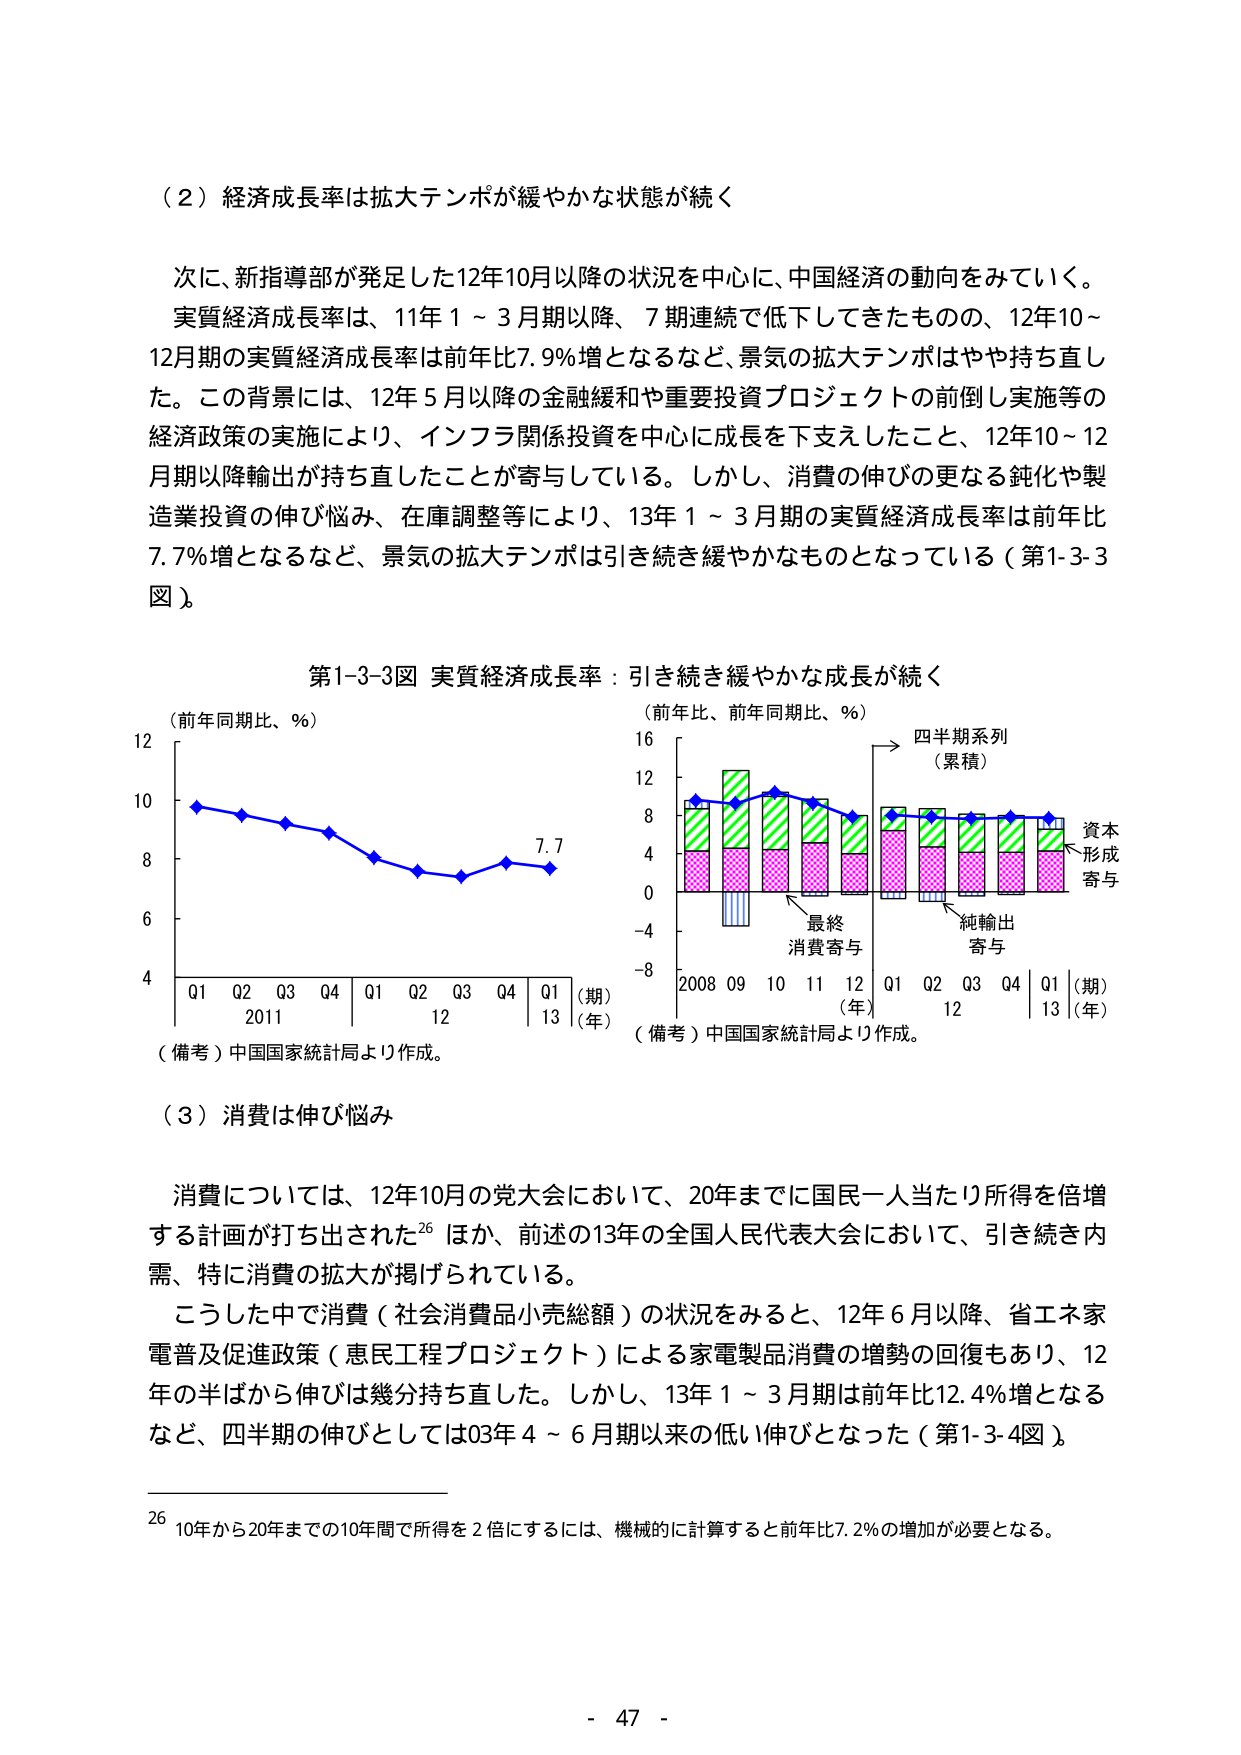
（２）経済成長率は拡大テンポが緩やかな状態が続く

次に、新指導部が発足した12年10月以降の状況を中心に、中国経済の動向をみていく。実質経済成長率は、11年1～3月期以降、7期連続で低下してきたものの、12年10～12月期の実質経済成長率は前年比7.9％増となるなど、景気の拡大テンポはやや持ち直した。この背景には、12年5月以降の金融緩和や重要投資プロジェクトの前倒し実施等の経済政策の実施により、インフラ関係投資を中心に成長を下支えしたこと、12年10～12月期以降輸出が持ち直したことが寄与している。しかし、消費の伸びの更なる鈍化や製造業投資の伸び悩み、在庫調整等により、13年1～3月期の実質経済成長率は前年比7.7％増となるなど、景気の拡大テンポは引き続き緩やかなものとなっている（第1-3-3図）。

第1-3-3図 実質経済成長率：引き続き緩やかな成長が続く

（前年同期比、％）
12
10
8
6
4
Q1 Q2 Q3 Q4 Q1 Q2 Q3 Q4 Q1 （期）
2011 12 13 （年）
（備考）中国国家統計局より作成。

（前年比、前年同期比、％）
16
12
8
4
0
-4
-8
2008 09 10 11 12 Q1 Q2 Q3 Q4 Q1 （期）
（年） 12 13 （年）
四半期系列
（累積）
資本
形成
寄与
最終
消費寄与
純輸出
寄与
（備考）中国国家統計局より作成。

（３）消費は伸び悩み

消費については、12年10月の党大会において、20年までに国民一人当たり所得を倍増する計画が打ち出された26 ほか、前述の13年の全国人民代表大会において、引き続き内需、特に消費の拡大が掲げられている。
こうした中で消費（社会消費品小売総額）の状況をみると、12年6月以降、省エネ家電普及促進政策（惠民工程プロジェクト）による家電製品消費の増勢の回復もあり、12年の半ばから伸びは幾分持ち直した。しかし、13年1～3月期は前年比12.4％増となるなど、四半期の伸びとしては03年4～6月期以来の低い伸びとなった（第1-3-4図）。

26 10年から20年までの10年間で所得を2倍にするには、機械的に計算すると前年比7.2％の増加が必要となる。

- 47 -